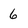
Character: 6